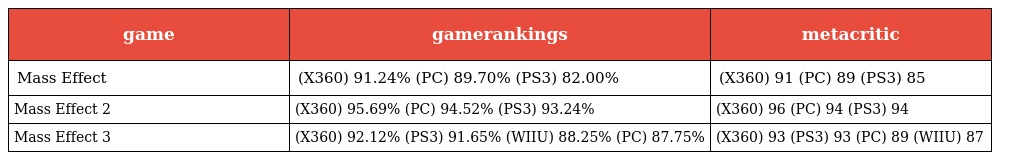
| game | gamerankings | metacritic |
 | --- | --- | --- |
 | Mass Effect | (X360) 91.24% (PC) 89.70% (PS3) 82.00% | (X360) 91 (PC) 89 (PS3) 85 |
 | Mass Effect 2 | (X360) 95.69% (PC) 94.52% (PS3) 93.24% | (X360) 96 (PC) 94 (PS3) 94 |
 | Mass Effect 3 | (X360) 92.12% (PS3) 91.65% (WIIU) 88.25% (PC) 87.75% | (X360) 93 (PS3) 93 (PC) 89 (WIIU) 87 |